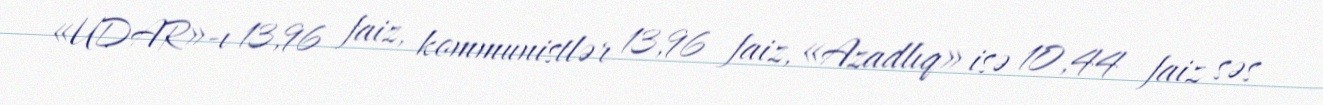
«UDAR»-ı 13,96 faiz, kommunistlər 13,96 faiz, «Azadlıq» isə 10,44 faiz səs